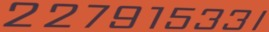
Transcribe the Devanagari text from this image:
२२७९१५३३।